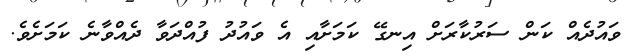
ވައުދެއް ކަން ސަރުކާރަށް އިނގޭ ކަމަށާއި އެ ވައުދު ފުއްދަވާ ދެއްވާނެ ކަމަށެވެ.